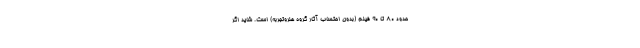
حدود ۸۰ تا ۹۰ فیلم (بدون احتساب آثار گروه هنروتجربه) است. شاید اگر